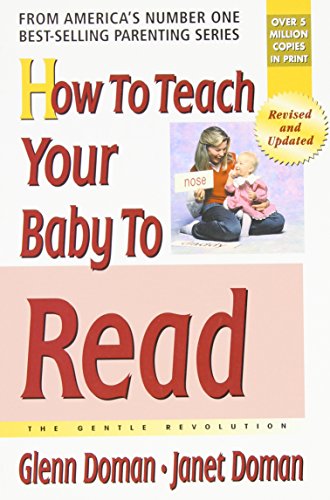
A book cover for How to Teach Your Baby to Read (The Gentle Revolution Series); Glenn Doman; Parenting & Relationships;